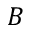
B